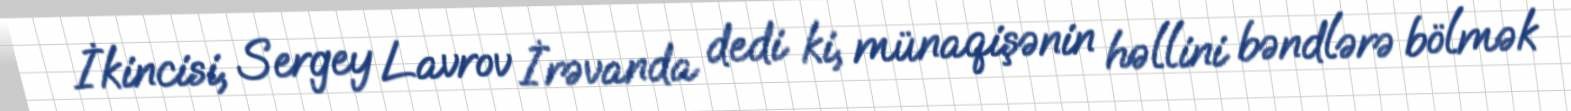
İkincisi, Sergey Lavrov İrəvanda dedi ki, münaqişənin həllini bəndlərə bölmək